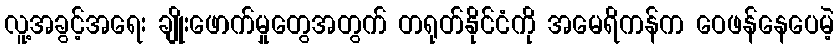
လူ့အခွင့်အရေး ချိုးဖောက်မှုတွေအတွက် တရုတ်နိုင်ငံကို အမေရိကန်က ဝေဖန်နေပေမဲ့